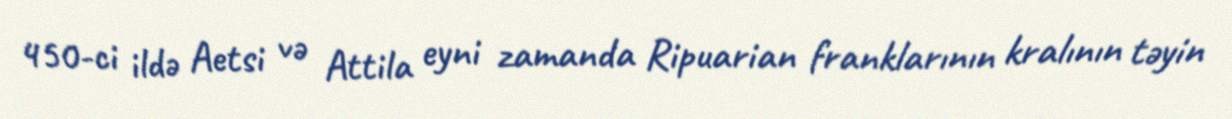
450-ci ildə Aetsi və Attila eyni zamanda Ripuarian franklarının kralının təyin